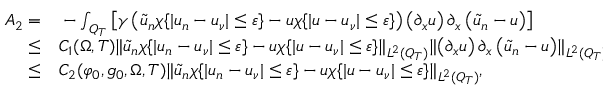
\begin{array} { r l } { A _ { 2 } = } & { { } - \int _ { Q _ { T } } \left[ \gamma \left( \tilde { u } _ { n } \chi \{ | u _ { n } - u _ { \nu } | \leq \varepsilon \} - u \chi \{ | u - u _ { \nu } | \leq \varepsilon \} \right) \left( \partial _ { x } u \right) \partial _ { x } \left( \tilde { u } _ { n } - u \right) \right] } \\ { \leq } & { { } C _ { 1 } ( \Omega , T ) \lVert \tilde { u } _ { n } \chi \{ | u _ { n } - u _ { \nu } | \leq \varepsilon \} - u \chi \{ | u - u _ { \nu } | \leq \varepsilon \} \rVert _ { L ^ { 2 } ( Q _ { T } ) } \lVert \left( \partial _ { x } u \right) \partial _ { x } \left( \tilde { u } _ { n } - u \right) \rVert _ { L ^ { 2 } ( Q _ { T } ) } } \\ { \leq } & { { } C _ { 2 } ( \varphi _ { 0 } , g _ { 0 } , \Omega , T ) \lVert \tilde { u } _ { n } \chi \{ | u _ { n } - u _ { \nu } | \leq \varepsilon \} - u \chi \{ | u - u _ { \nu } | \leq \varepsilon \} \rVert _ { L ^ { 2 } ( Q _ { T } ) } , } \end{array}